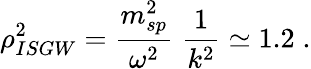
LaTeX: \rho_{ISGW}^{2}=\frac{m_{sp}^{2}}{\omega^{2}}\; \frac{1}{k^{2}}\simeq 1.2\; .